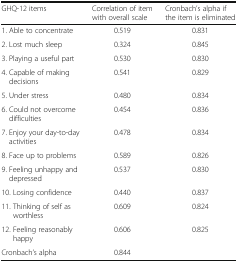
| GHQ-12 items | Correlation of item with overall scale | Cronbach’s alpha if the item is eliminated |
 | --- | --- | --- |
 | 1. Able to concentrate | 0.519 | 0.831 |
 | 2. Lost much sleep | 0.324 | 0.845 |
 | 3. Playing a useful part | 0.530 | 0.830 |
 | 4. Capable of making decisions | 0.541 | 0.829 |
 | 5. Under stress | 0.480 | 0.834 |
 | 6. Could not overcome difficulties | 0.454 | 0.836 |
 | 7. Enjoy your day-to-day activities | 0.478 | 0.834 |
 | 8. Face up to problems | 0.589 | 0.826 |
 | 9. Feeling unhappy and depressed | 0.537 | 0.830 |
 | 10. Losing confidence | 0.440 | 0.837 |
 | 11. Thinking of self as worthless | 0.609 | 0.824 |
 | 12. Feeling reasonably happy | 0.606 | 0.825 |
 | Cronbach’s alpha | 0.844 |  |